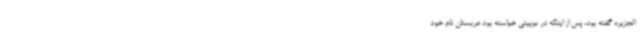
الجزیره گفته بود، پس از اینکه در توییتی خواسته بود عربستان نام خود